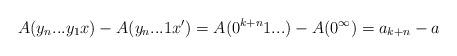
\begin{align*}A(y_n...y_1x) - A(y_n...1x') = A(0^{k+n}1...) - A(0^\infty)= a_{k+n} - a\end{align*}